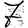
Digit: 7